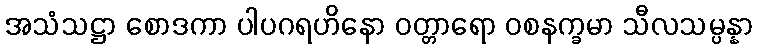
အသံသဋ္ဌာ စောဒကာ ပါပဂရဟိနော ဝတ္တာရော ဝစနက္ခမာ သီလသမ္ပန္နာ